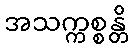
အသက္ကစ္စန္တိ